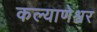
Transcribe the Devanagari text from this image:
कल्याणेश्वर